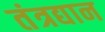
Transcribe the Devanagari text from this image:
तंत्रद्यान